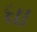
ધા